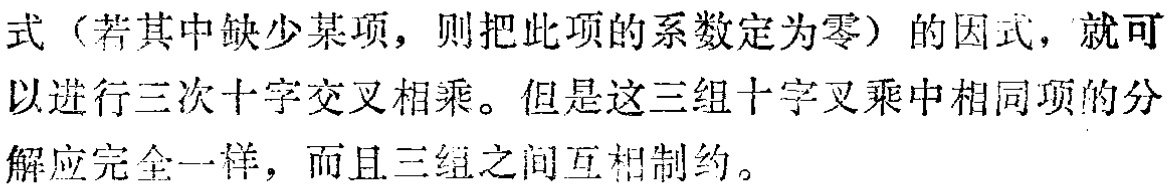
式（若其中缺少某项，则把此项的系数定为零）的因式，就可以进行三次十字交叉相乘。但是这三组十字叉乘中相同项的分解应完全一样，而且三组之间互相制约。